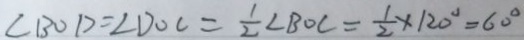
\angle B O D = \angle D O C = \frac { 1 } { 2 } \angle B O C = \frac { 1 } { 2 } \times 1 2 0 ^ { \circ } = 6 0 ^ { \circ }